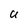
Character: U